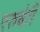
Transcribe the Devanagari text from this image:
एरुचेर्री